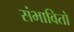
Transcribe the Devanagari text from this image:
संभावितो